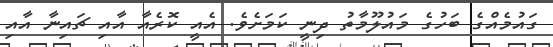
ގައުމެއްގެ ބަހުގެ މައުލޫމާތު ދިނީ ކަމަށެވެ. އެއީ ކޮރެއާ އާއި ޗައިނާ އާއި